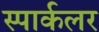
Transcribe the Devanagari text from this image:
स्पार्कलर